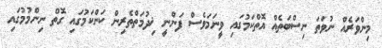
މިންވަރެއް ނުވަތަ ނިސްބަތެއް އޮތްކަމުގައި ވީނަމަވެސް ފަންނީ ޚިދުމަތްތެރިން ކަންކަމުގައި ގޮތް ނިންމުމުގައި